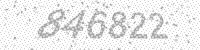
Solution: 846822